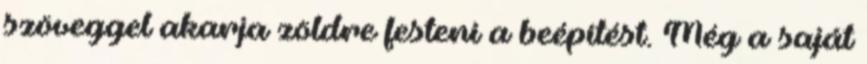
szöveggel akarja zöldre festeni a beépítést. Még a saját